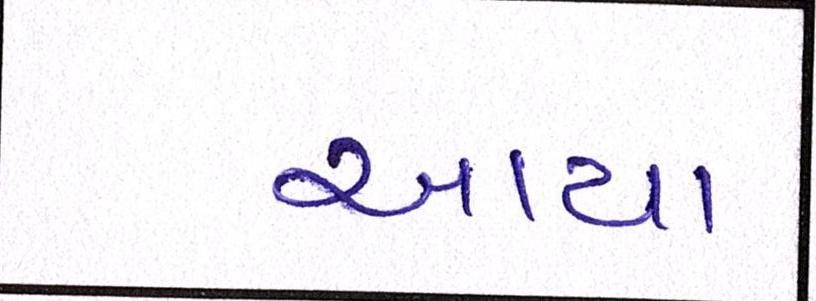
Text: આયા